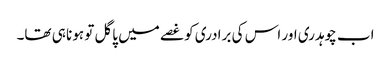
اب چوہدری اور اس کی برادری کو غصے میں پاگل تو ہونا ہی تھا۔